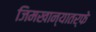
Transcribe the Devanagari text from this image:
जिमखान्यातर्फे